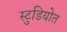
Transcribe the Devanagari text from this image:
स्टुडियोत